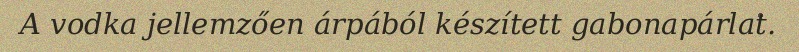
A vodka jellemzően árpából készített gabonapárlat.